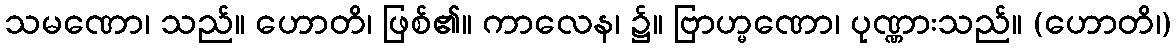
သမဏော၊ သည်။ ဟောတိ၊ ဖြစ်၏။ ကာလေန၊ ၌။ ဗြာဟ္မဏော၊ ပုဏ္ဏားသည်။ (ဟောတိ၊)